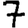
Digit: 7